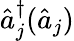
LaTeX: \hat{a}_{j}^{\dagger}(\hat{a}_{j})